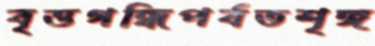
বৃত্তগন্ধিপর্বতশৃঙ্গ